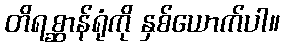
တိရစ္ဆာန်ရုံကို နှစ်ယောက်ပါ။